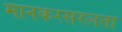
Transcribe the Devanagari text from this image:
मानकरसरलता